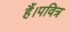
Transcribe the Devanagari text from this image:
हैं।पवित्र